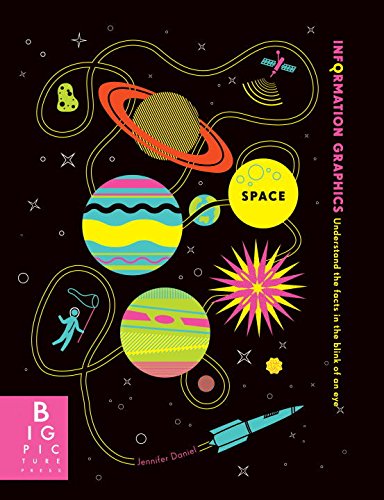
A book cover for Information Graphics: Space; Simon Rogers; Children's Books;